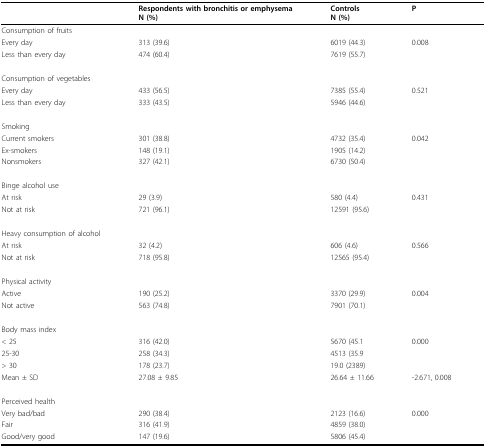
<table><thead><tr><td></td><td><b>Respondents with bronchitis or emphysemaN (%)</b></td><td><b>ControlsN (%)</b></td><td><b>P</b></td></tr></thead><tbody><tr><td>Consumption of fruits</td><td></td><td></td><td></td></tr><tr><td>Every day</td><td>313 (39.6)</td><td>6019 (44.3)</td><td>0.008</td></tr><tr><td>Less than every day</td><td>474 (60.4)</td><td>7619 (55.7)</td><td></td></tr><tr><td>Consumption of vegetables</td><td></td><td></td><td></td></tr><tr><td>Every day</td><td>433 (56.5)</td><td>7385 (55.4)</td><td>0.521</td></tr><tr><td>Less than every day</td><td>333 (43.5)</td><td>5946 (44.6)</td><td></td></tr><tr><td>Smoking</td><td></td><td></td><td></td></tr><tr><td>Current smokers</td><td>301 (38.8)</td><td>4732 (35.4)</td><td>0.042</td></tr><tr><td>Ex-smokers</td><td>148 (19.1)</td><td>1905 (14.2)</td><td></td></tr><tr><td>Nonsmokers</td><td>327 (42.1)</td><td>6730 (50.4)</td><td></td></tr><tr><td>Binge alcohol use</td><td></td><td></td><td></td></tr><tr><td>At risk</td><td>29 (3.9)</td><td>580 (4.4)</td><td>0.431</td></tr><tr><td>Not at risk</td><td>721 (96.1)</td><td>12591 (95.6)</td><td></td></tr><tr><td>Heavy consumption of alcohol</td><td></td><td></td><td></td></tr><tr><td>At risk</td><td>32 (4.2)</td><td>606 (4.6)</td><td>0.566</td></tr><tr><td>Not at risk</td><td>718 (95.8)</td><td>12565 (95.4)</td><td></td></tr><tr><td>Physical activity</td><td></td><td></td><td></td></tr><tr><td>Active</td><td>190 (25.2)</td><td>3370 (29.9)</td><td>0.004</td></tr><tr><td>Not active</td><td>563 (74.8)</td><td>7901 (70.1)</td><td></td></tr><tr><td>Body mass index</td><td></td><td></td><td></td></tr><tr><td>&lt; 25</td><td>316 (42.0)</td><td>5670 (45.1</td><td>0.000</td></tr><tr><td>25-30</td><td>258 (34.3)</td><td>4513 (35.9</td><td></td></tr><tr><td>&gt; 30</td><td>178 (23.7)</td><td>19.0 (2389)</td><td></td></tr><tr><td>Mean ± SD</td><td>27.08 ± 9.85</td><td>26.64 ± 11.66</td><td>-2.671, 0.008</td></tr><tr><td>Perceived health</td><td></td><td></td><td></td></tr><tr><td>Very bad/bad</td><td>290 (38.4)</td><td>2123 (16.6)</td><td>0.000</td></tr><tr><td>Fair</td><td>316 (41.9)</td><td>4859 (38.0)</td><td></td></tr><tr><td>Good/very good</td><td>147 (19.6)</td><td>5806 (45.4)</td><td></td></tr></tbody></table>